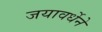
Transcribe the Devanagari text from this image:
जयावर्धेने